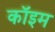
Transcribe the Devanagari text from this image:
कॉइम